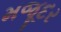
મજૂદર